Bréfritari: Ragnheiður Daníelsdóttir
Viðtakandi: Jakobína Magnúsdóttir
Dagsetning: A-1887-01-06
Skrifað á: Reykjavík  Gull.
Ragnheiður var dóttir Jakobínu

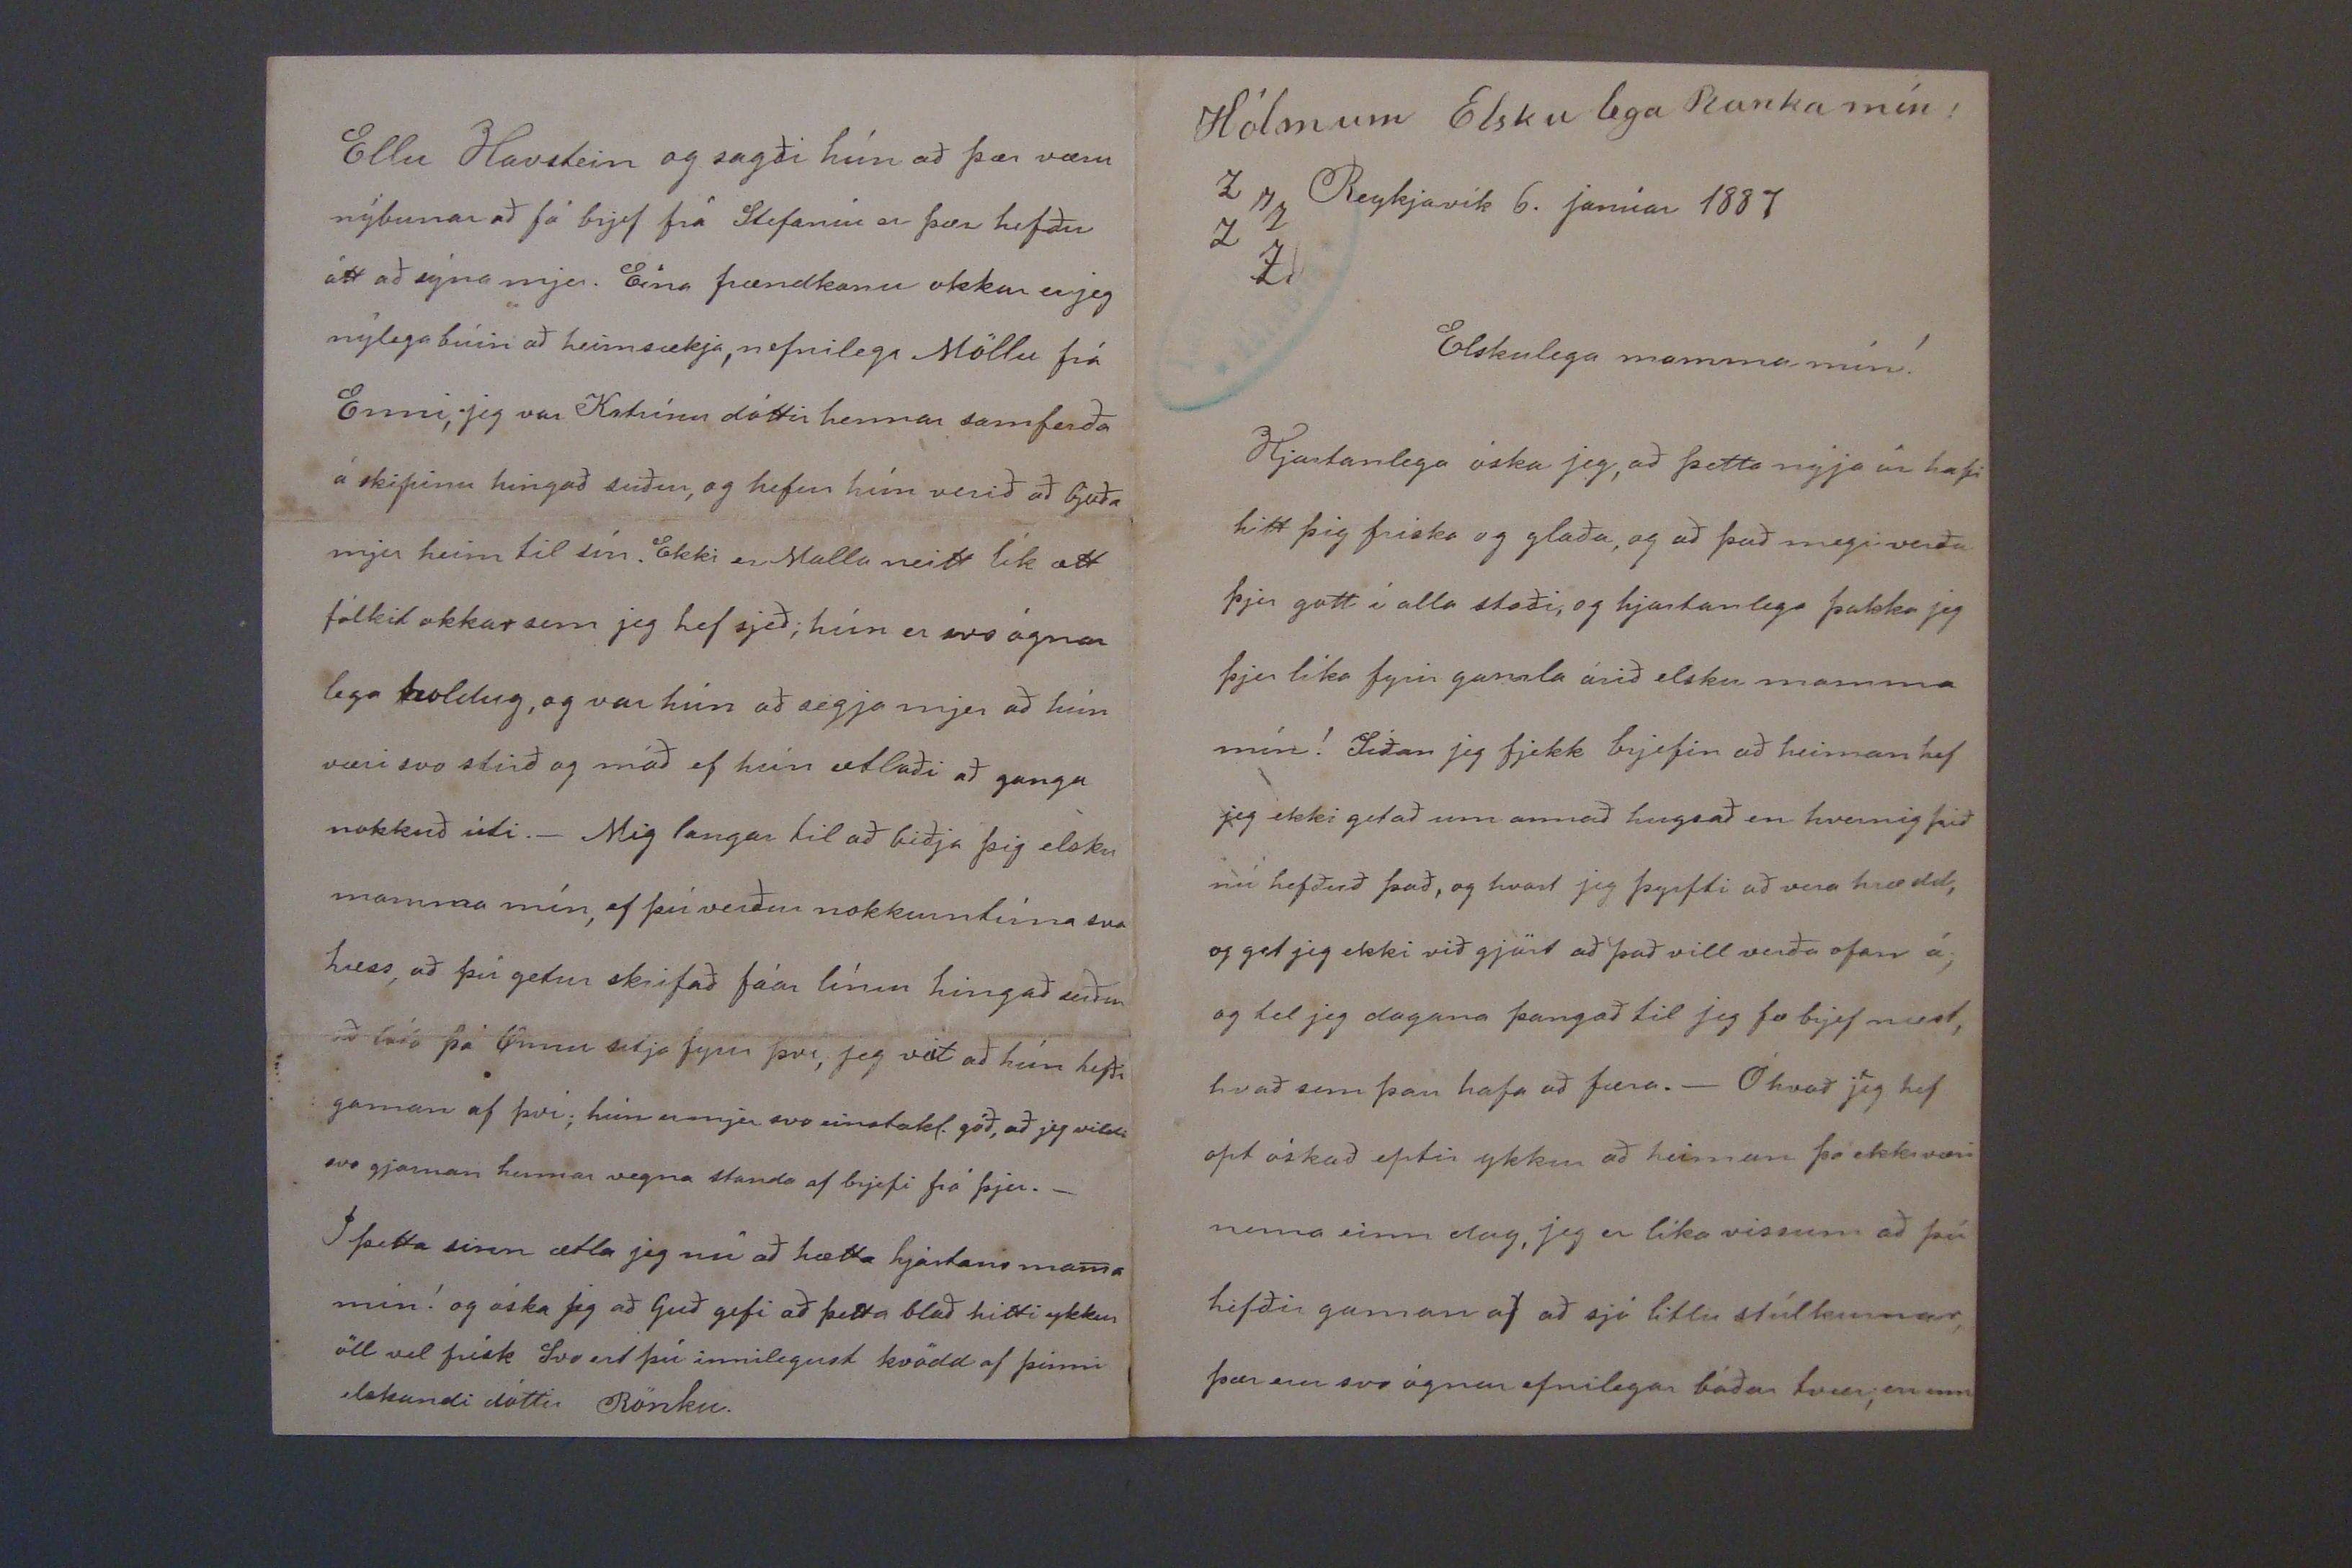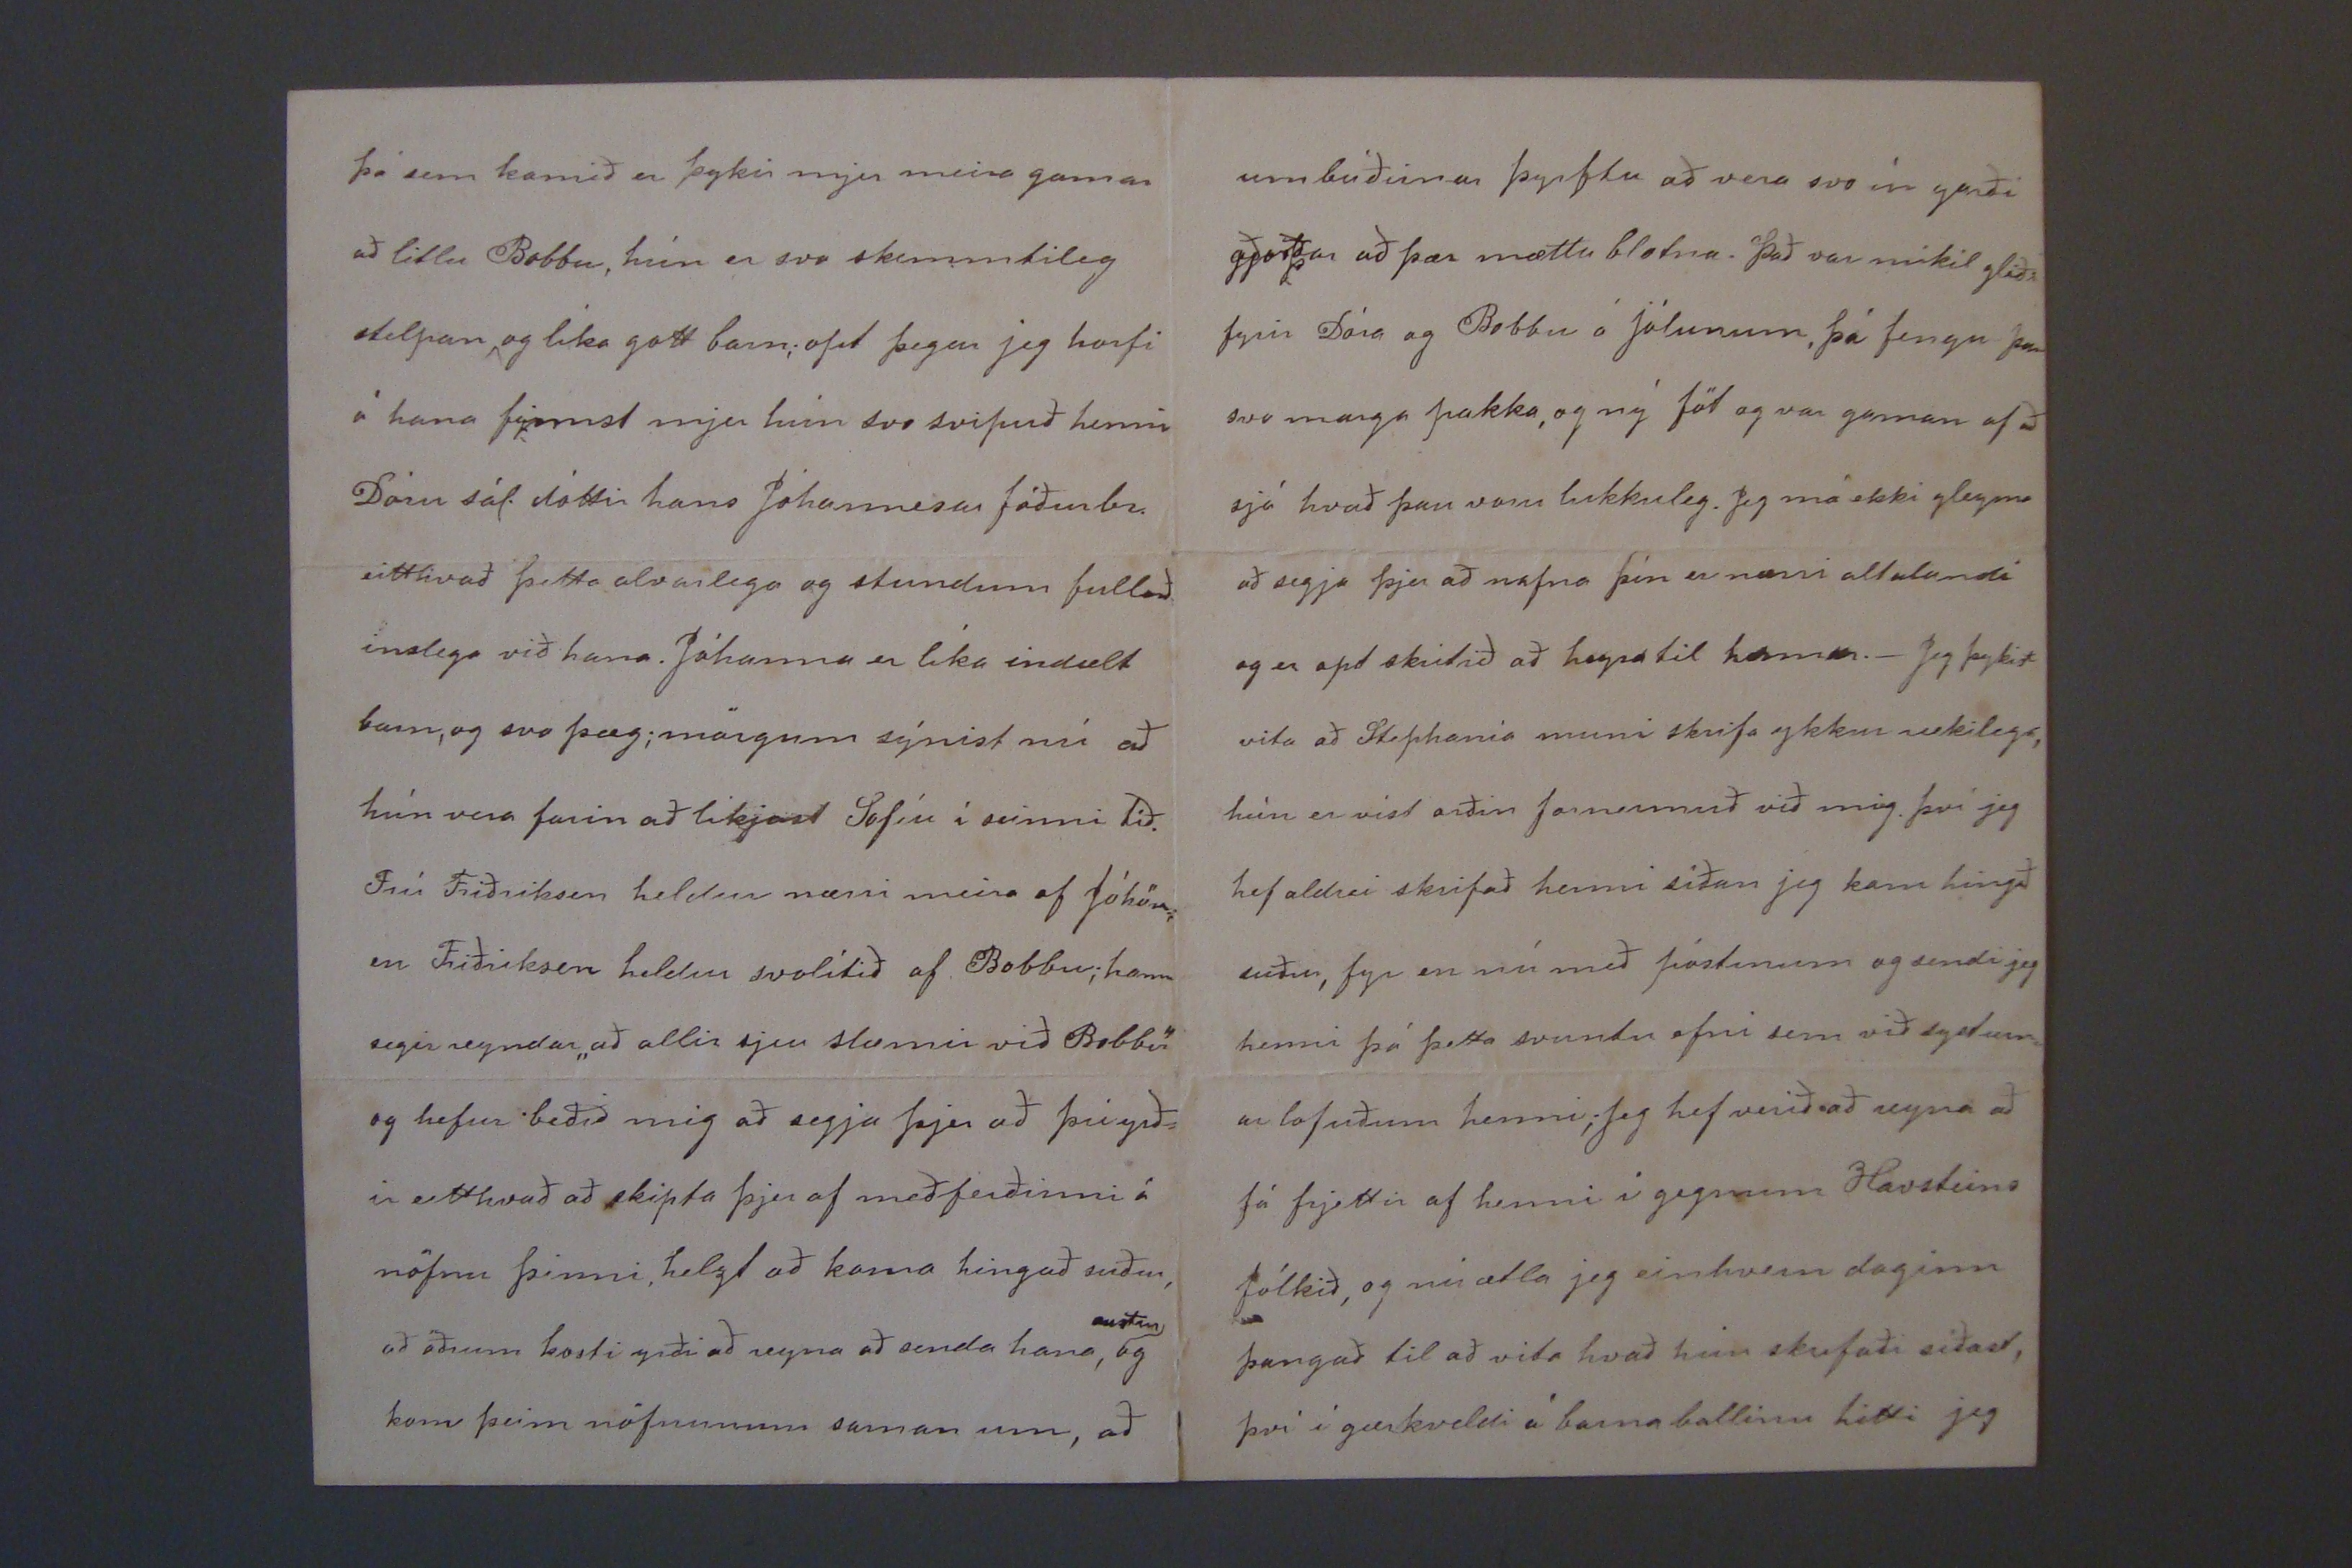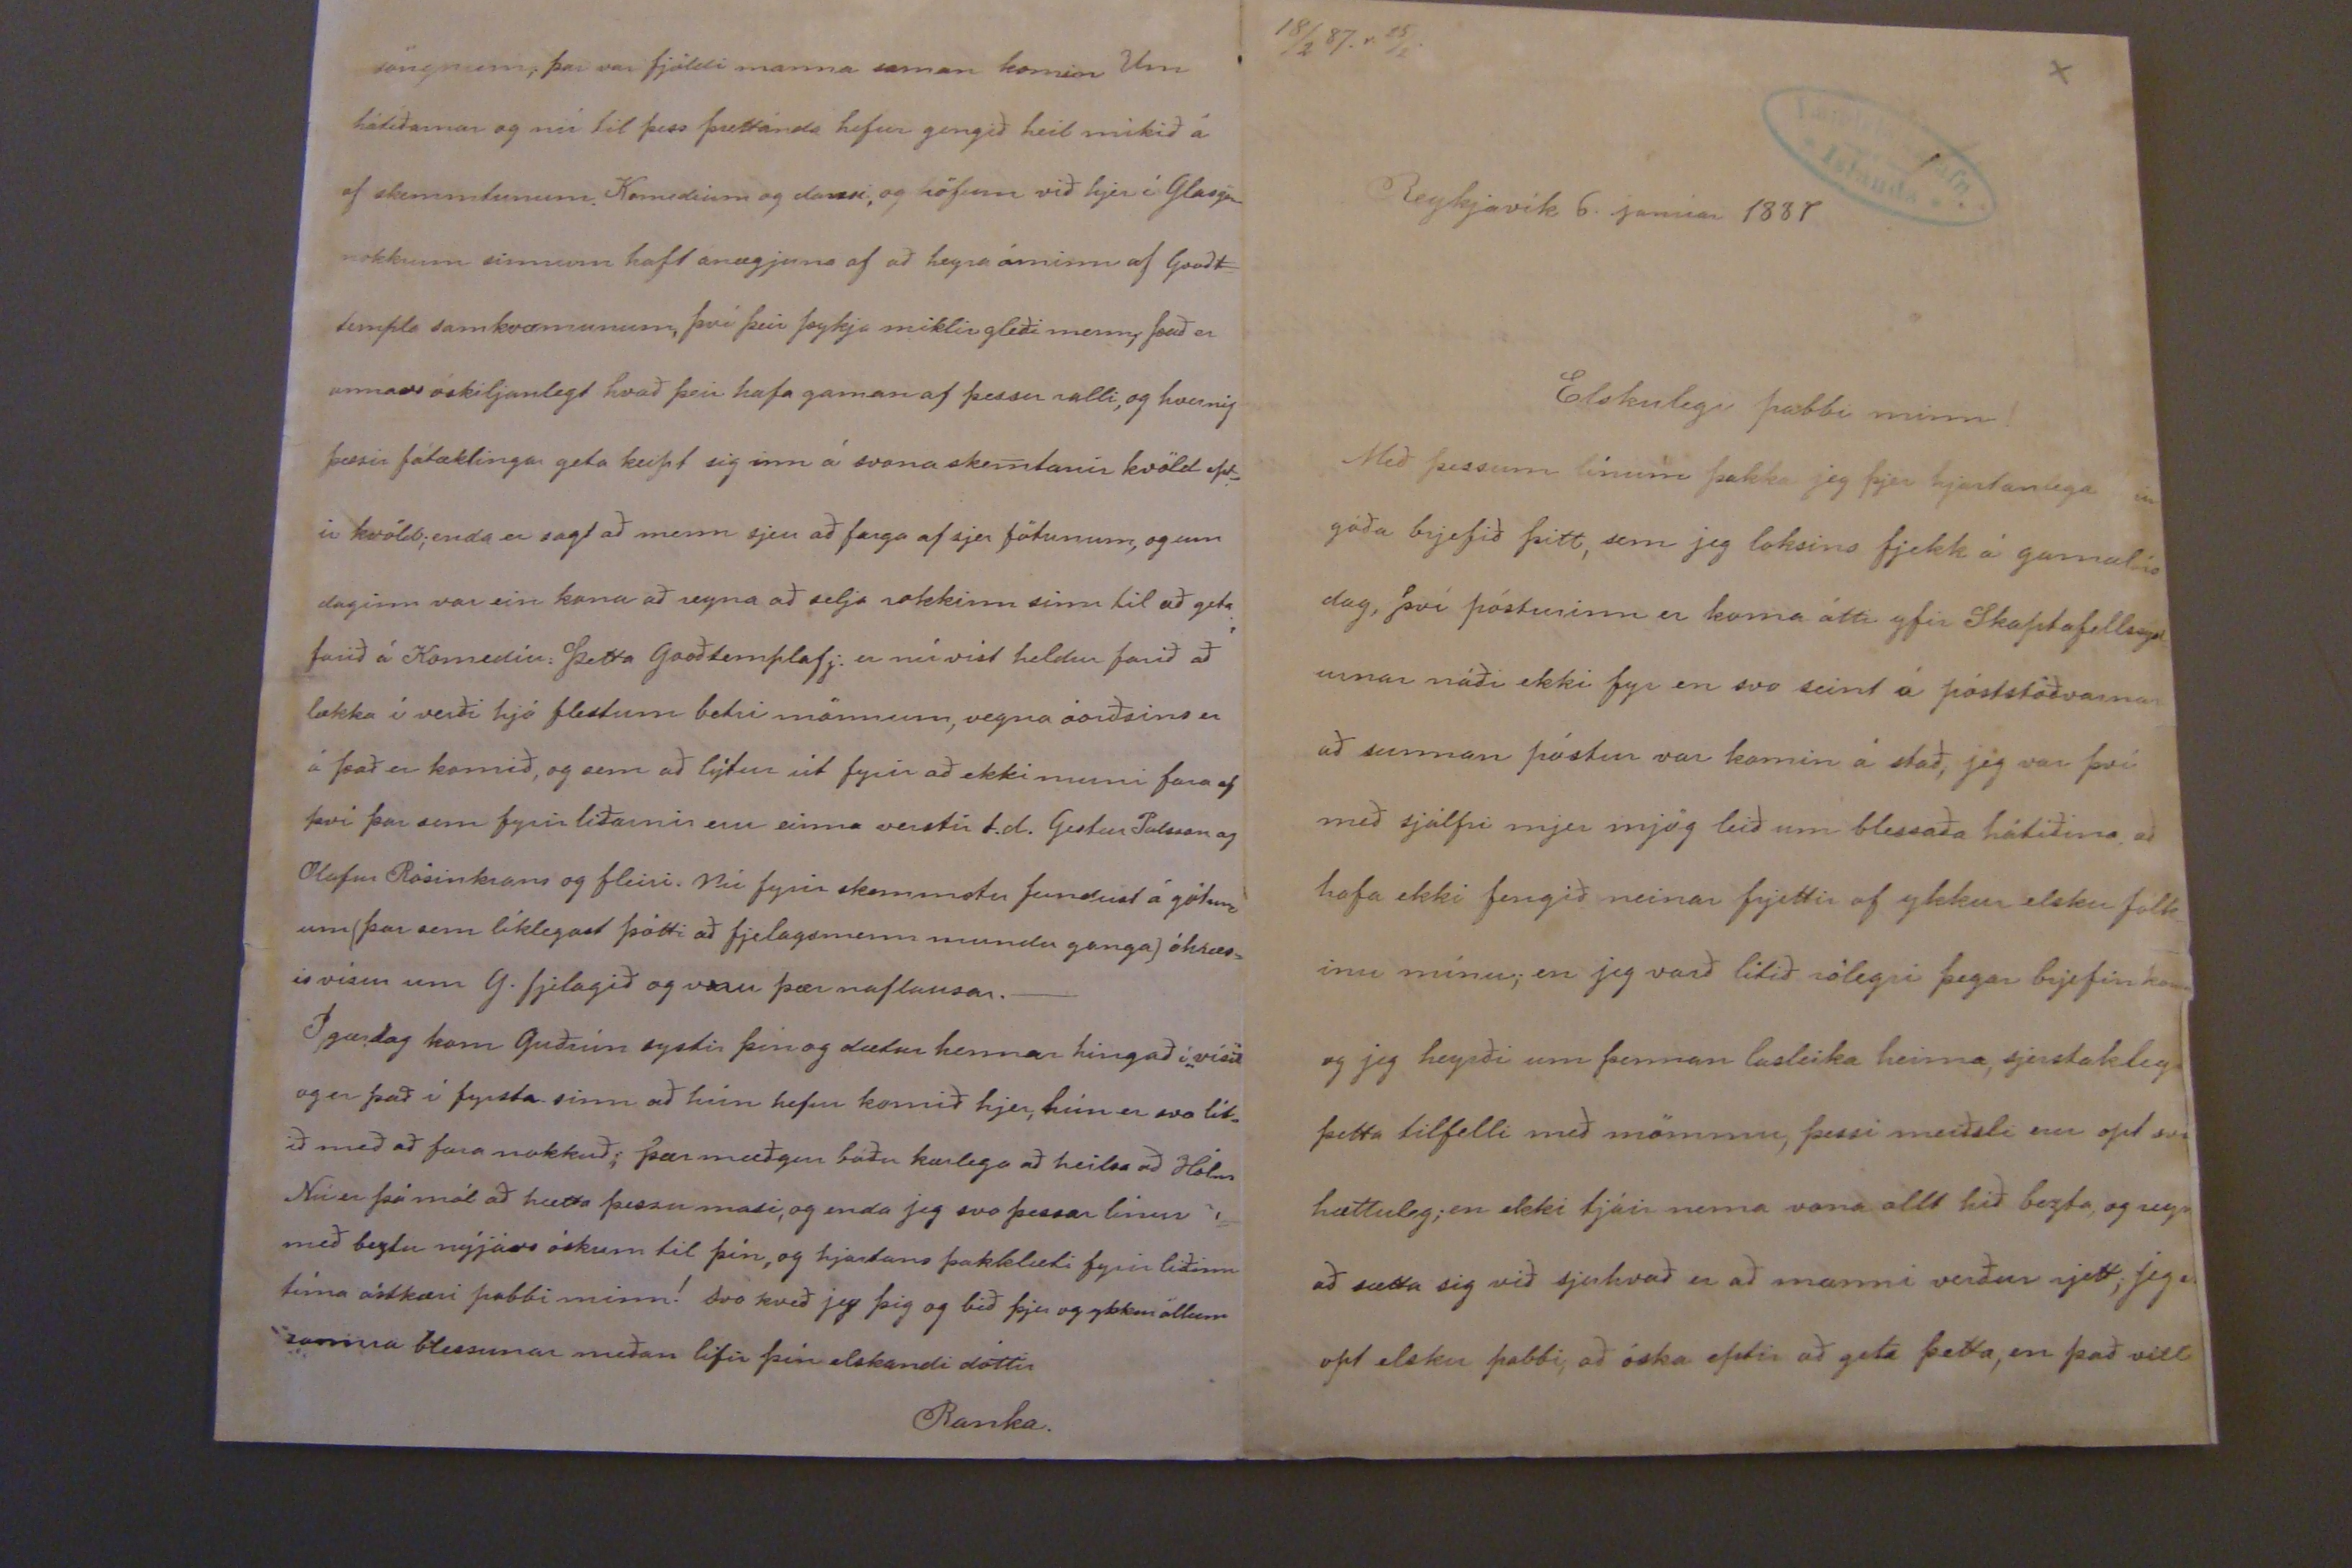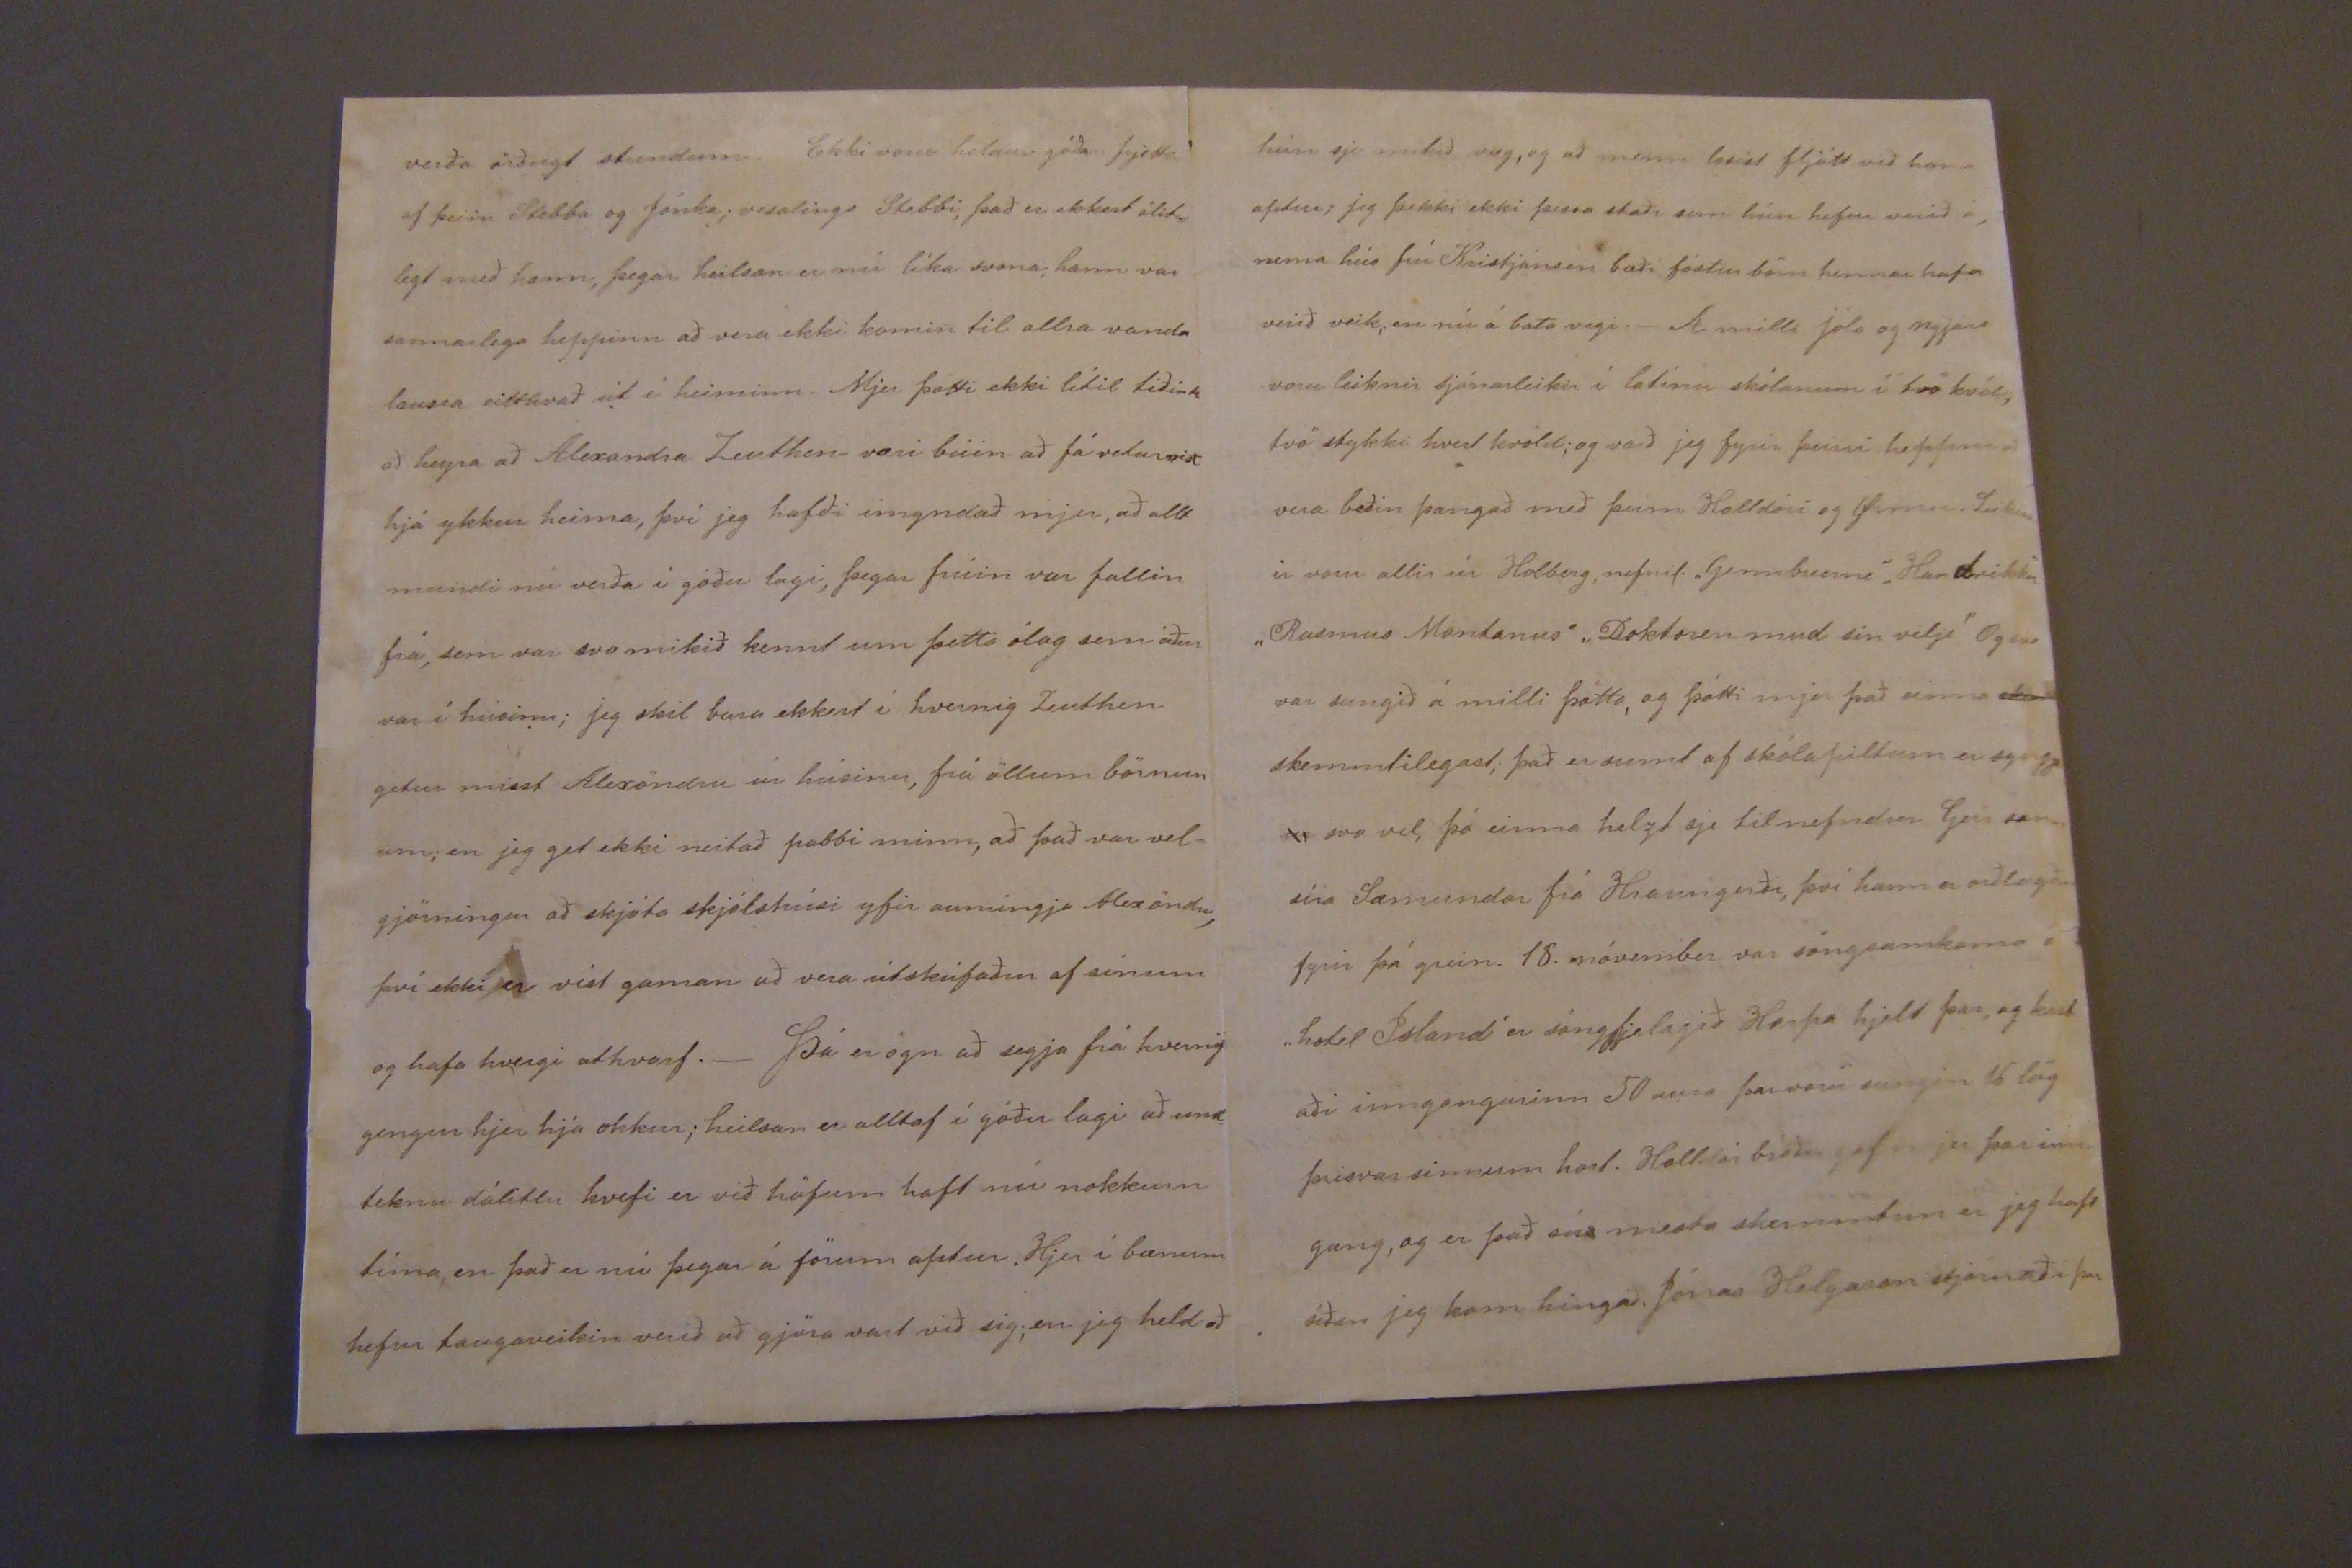

Hólmum Elsku lega Ranka mín!
Reykjavík 6. janúar 1887
Elskulega mamma mín!
Hjartanlega óska jeg, að þetta nýja úr hafi hitt þig fríska og glaða, og að það megi verða þjer gott í alla staði, og hjartanlega þakka je þjer líka fyrir gamla árið elsku mamma mín! Síðan jeg fjekk brjefin að heiman hef jeg ekki getað um annað hugsað en hvernig þið nú hefðuð það, og hvort jeg þyrfti að vera hrædd, og get jeg ekki við gjört að það vill verða ofan á; og tel jeg dagana þangað til jeg fæ brjef
með,
hvað sem þau hafa að færa._ Ó hvað jeg hef opt óskað eptir ykkur að heiman þó ekki væri nema einn dag, jeg er líka vissum að þú hefðir gaman af að sjá litlu stúlkurnar, þær eru svo ógnar efnilegar báðar tvær; en um
þá sem komið er þykir mjer meira gaman að litlu B
o
bbu, hún er svo skemmtileg stelpan og líka gott barn; opt þegar jeg horfi á hana fynnst mjer hún svo svipuð henni Dóru sál. dóttir hans Jóhannesar föðurbr. eitthvað þetta alvarlega og stundum fullorð inslega við hana. Jóhanna er líka indælt barn, og svo þæg; mörgum sýnist nú að hún vera farin að líkjast Sofíu í seinni tíð. Frú Friðriksen heldur nærri meira af Jóhönu en Friðriksen heldur svolítið af Bobbu; hann segir reyndar "að allir sjeu slæmir við Bobbu" og hefur beðið mig að segja þjer að þú yrð= ir eitthvað að skipta þjer af meðferðinni á nöfnu þinni, helst að koma hingað suður, að öðrum kosti yrði að reyna að senda hana,
austur
og kom þeim nöfnunum saman um, að
umbúðirnar þyrftu að vera svo úr garði gjorðar að þær mættu blotna. Það var mikil gleði fyrir Dóra og Bobbu á Jólunum, þá fengu þær svo marga pakka, og ný föt og var gaman af að sjá hvað þau voru lukkuleg. Jeg má ekki gleyma að segja þjer að nafna þín er nærri altalandi og er opt skritið að heyra til hennar._ Jeg þykist vita að Stephanía muni skrifa ykkur rækilega, hún er víst orðin
0000muð
við mig því jeg hef aldrei skrifað henni síðan jeg kom hingað suður, fyr en nú með póstinum og sendi jeg henni þá þetta svuntu efni sem við systurn ar lofuðum henni; Jeg hef verið að reyna að fá frjettir af henni í gegnum Havsteins fólkið, og nú atla jeg einhvern daginn þangað til að vita hvað hun skrifaði síðast, því í gærkveldi á barnaballinu hitti jeg
Ellu Havstein og sagði hún að þær væru nýbunar að fá brjef frá Stefaníu er þær hefðu átt að sýna mjer. Eina frændkonu okkar er jeg nýlega búin að heimsækja, nefnilega Möllu frá Enni; jeg var Katrínu dóttir hennar samferða á skipinu hingað suður, og hefur hún verið að bjóða mjer heim til sín. Ekki er Stalla neitt lík
att fólki0
okkar sem jeg hef sjeð; hún er svo ógna lega holdug, og var hún að segja mjer að hún væri svo stirð og móð ef hún ætlaði að ganga nokkuð úti._ Mig langar til að biðja þig elsku mamma mín, ef þú verður nokkurntíma svo hress, að þú getur skrifað fáar línur hingað suður að
láta
þá Önnu sitja fyrir því, jeg veit að hún hefði gaman af því; hún er mjer svo einstakl. góð, að jeg vildi svo gjarnan hennar vegna standa af brjefi frá þjer._ I þetta sinn ætla jeg nú að hætta hjartans mama mín! og óska jeg að Guð gefi að þetta blað hitti ykkur öll vel frísk Svo ert þú innilegust kvödd af þinni elskandi dóttir
Rönku